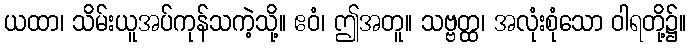
ယထာ၊ သိမ်းယူအပ်ကုန်သကဲ့သို့။ ဧဝံ၊ ဤအတူ။ သဗ္ဗတ္ထ၊ အလုံးစုံသော ဝါရတို့၌။